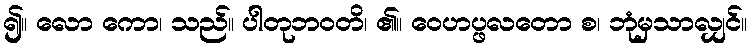
၍။ လော ကော၊ သည်။ ပါတုဘဝတိ၊ ၏။ ဝေဟပ္ဖလတော စ၊ ဘုံမှသာလျှင်။